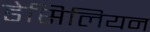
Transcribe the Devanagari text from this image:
डेसिलियन